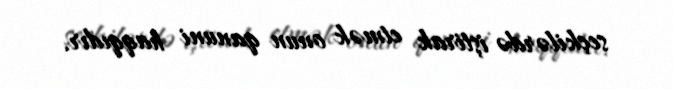
seçkilərdə iştirak etmək onun qanuni haqqıdır.